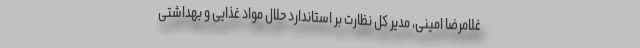
غلامرضا امینی، مدیر کل نظارت بر استاندارد حلال مواد غذایی و بهداشتی